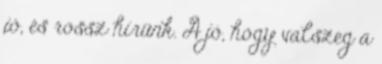
jó, és rossz hírünk. A jó, hogy valszeg a